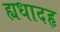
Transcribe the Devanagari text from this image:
ह्यधादहृ